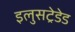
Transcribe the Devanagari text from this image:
इलुसट्रेडेड